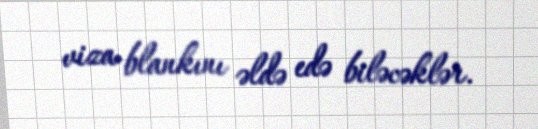
viza blankını əldə edə biləcəklər.